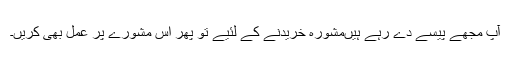
آپ مجھے پیسے دے رہے ہیں‌مشورہ خریدنے کے لئیے تو پھر اس مشورے پر عمل بھی کریں‌۔